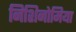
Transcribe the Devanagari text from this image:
निशिनोमिया